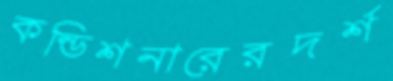
কন্ডিশনারেরদর্শ